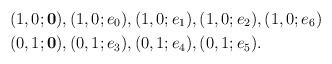
LaTeX: \begin{align*}&(1,0;\mathbf{0}), (1,0;e_0),(1,0;e_1),(1,0;e_2),(1,0;e_6)\\&(0,1; \mathbf{0}),(0,1; e_3),(0,1;e_4),(0,1;e_5).\end{align*}